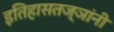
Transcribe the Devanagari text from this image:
इतिहासतज्ञांनी